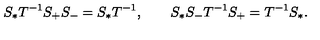
S _ { * } T ^ { - 1 } S _ { + } S _ { - } = S _ { * } T ^ { - 1 } , \qquad S _ { * } S _ { - } T ^ { - 1 } S _ { + } = T ^ { - 1 } S _ { * } .